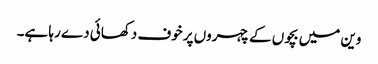
وین میں بچوں کے چہروں پر خوف دکھائی دے رہا ہے۔